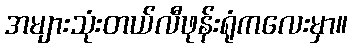
အများသုံးတယ်လီဖုန်းရုံကလေးမှာ။